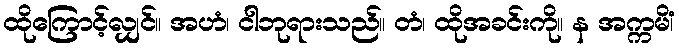
ထိုကြောင့်လျှင်။ အဟံ၊ ငါဘုရားသည်။ တံ၊ ထိုအခင်းကို။ န အက္ကမိံ၊